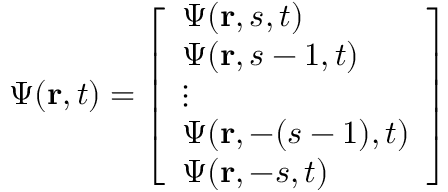
\Psi ( \mathbf { r } , t ) = { \left[ \begin{array} { l } { \Psi ( \mathbf { r } , s , t ) } \\ { \Psi ( \mathbf { r } , s - 1 , t ) } \\ { \vdots } \\ { \Psi ( \mathbf { r } , - ( s - 1 ) , t ) } \\ { \Psi ( \mathbf { r } , - s , t ) } \end{array} \right] }